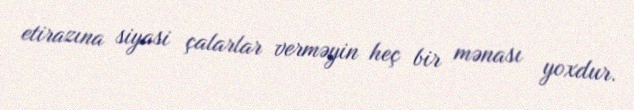
etirazına siyasi çalarlar verməyin heç bir mənası yoxdur.